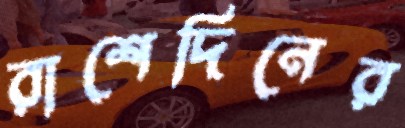
রাশেদিনের